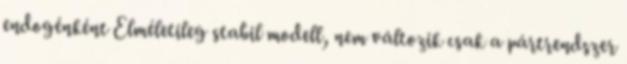
endogénként Elméletileg stabil modell, nem változik csak a pártrendszer